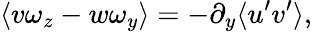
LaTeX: \langle v\omega_{z}-w\omega_{y}\rangle=-\partial_{y}\langle u^{\prime}v^{\prime}\rangle,